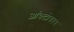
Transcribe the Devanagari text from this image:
ऑक्टोबरर